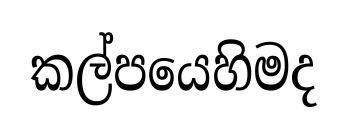
කල්පයෙහිමද